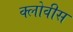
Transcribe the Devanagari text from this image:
क्लोवीस